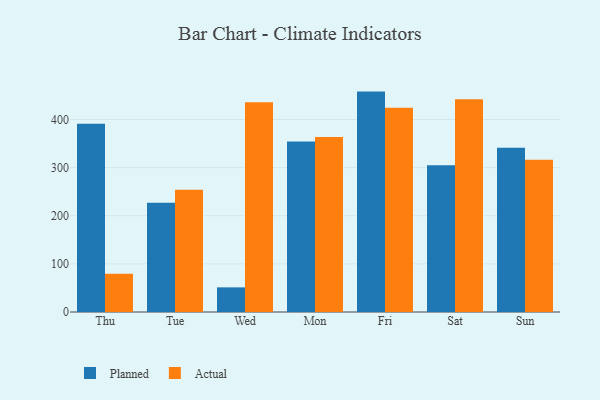
{"axis": {"x": "Day", "y": "Page Views"}, "legend": ["Actual", "Planned"], "data": [{"x": "Thu", "y": 391.1, "type": "Planned"}, {"x": "Thu", "y": 79.4, "type": "Actual"}, {"x": "Tue", "y": 227.2, "type": "Planned"}, {"x": "Tue", "y": 254.1, "type": "Actual"}, {"x": "Wed", "y": 51.2, "type": "Planned"}, {"x": "Wed", "y": 435.6, "type": "Actual"}, {"x": "Mon", "y": 354.0, "type": "Planned"}, {"x": "Mon", "y": 363.6, "type": "Actual"}, {"x": "Fri", "y": 457.9, "type": "Planned"}, {"x": "Fri", "y": 424.3, "type": "Actual"}, {"x": "Sat", "y": 304.9, "type": "Planned"}, {"x": "Sat", "y": 442.2, "type": "Actual"}, {"x": "Sun", "y": 341.0, "type": "Planned"}, {"x": "Sun", "y": 316.1, "type": "Actual"}]}